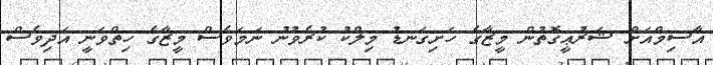
އާސިމްއަށް ޝަރުޢީގޮތުން މީޒާގެ ހަށިގަނޑު މިލްކު ކުރެވުނު ނަމަވެސް މީޒާގެ ހިތްވަނީ އަދިވެސް